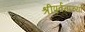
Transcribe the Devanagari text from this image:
श्रीपर्वताच्या